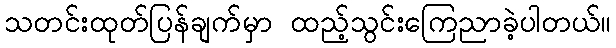
သတင်းထုတ်ပြန်ချက်မှာ ထည့်သွင်းကြေညာခဲ့ပါတယ်။